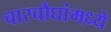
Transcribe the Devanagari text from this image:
चारचौघांमध्ये